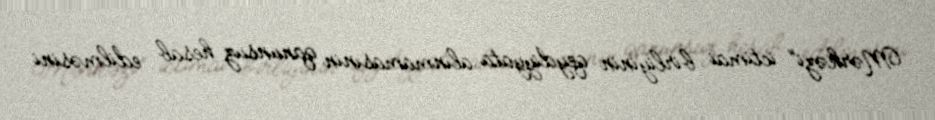
Mərkəzi” ictimai birliyinin qeydiyyata alınmamasınin qanunsuz hesab edilməsini